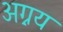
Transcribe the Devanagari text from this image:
अग्नय